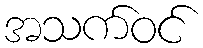
အသက်ဝင်